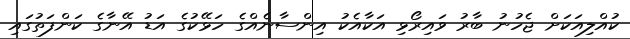
ކުއްލިއަކަށް ޖެހުނު ބާރު ވައިރޯޅި އަކާއެކު އިންސާނެއްގެ ހަޅޭކުގެ އަޑު އޭނާގެ ކަންފަތުގައި